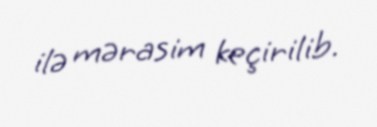
ilə mərasim keçirilib.